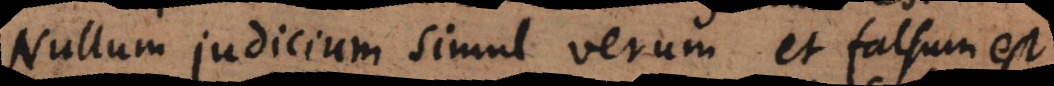
Nullum judicium simul verum et falsum est.